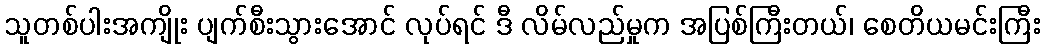
သူတစ်ပါးအကျိုး ပျက်စီးသွားအောင် လုပ်ရင် ဒီ လိမ်လည်မှုက အပြစ်ကြီးတယ်၊ စေတိယမင်းကြီး